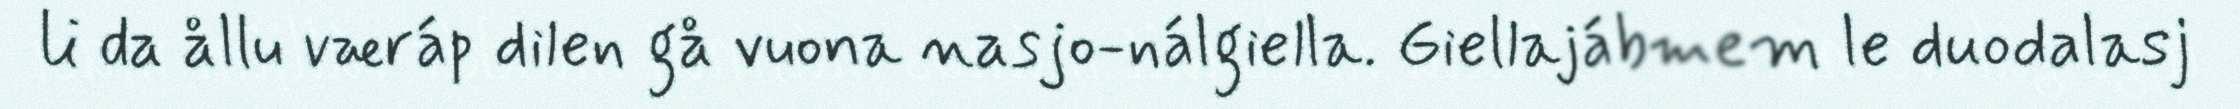
li da ållu væráp dilen gå vuona nasjo-nálgiella. Giellajábmem le duodalasj